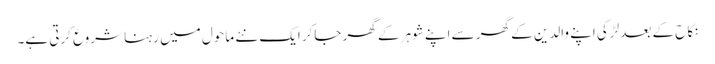
نکاح کے بعد لڑکی اپنے والدین کے گھر سے اپنے شوہر کے گھر جاکر ایک نئے ماحول میں رہنا شروع کرتی ہے۔